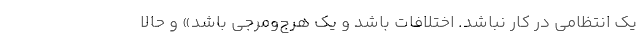
يك انتظامى در كار نباشد. اختلافات باشد و يك هرج‌و‌مرجى باشد» و حالا